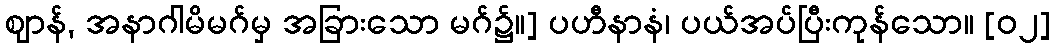
ဈာန်, အနာဂါမိမဂ်မှ အခြားသော မဂ်၌။] ပဟီနာနံ၊ ပယ်အပ်ပြီးကုန်သော။ [၀၂]